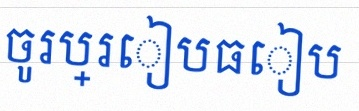
ចូរប្រៀបធៀប